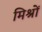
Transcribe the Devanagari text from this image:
मिश्रों